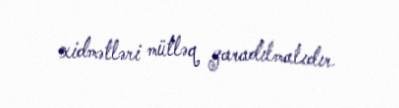
xidmətləri mütləq yaradılmalıdır.